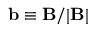
\mathbf { b } \equiv \mathbf { B } / | \mathbf { B } |